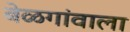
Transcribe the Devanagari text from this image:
बेळगांवाला